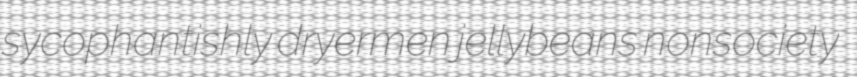
sycophantishly dryermen jellybeans nonsociety